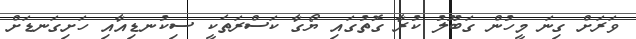
ވަރަށް ގިނަ މީހުން ގަބޫލު ކުރާ ގޮތުގައި ޔޯގާ ކަސްރަތަކީ ސިކުނޑިއާއި ހަށިގަނޑަށް